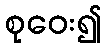
စုဝေး၍